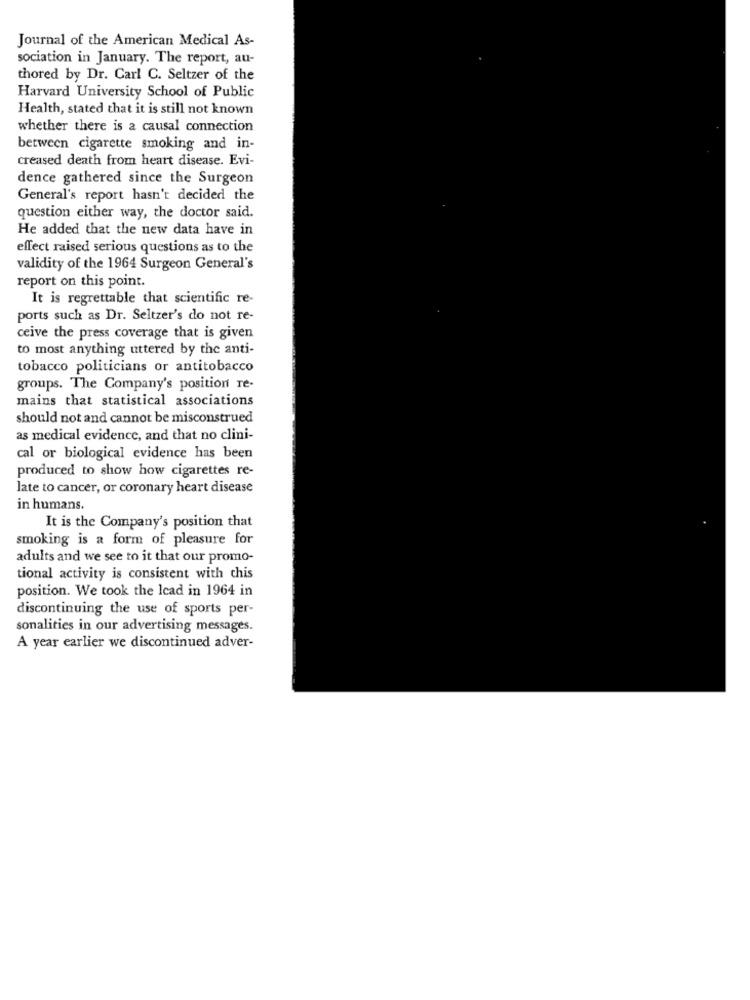
Journal of the American Medical As-
sociation in January. The report, au-
thored by Dr. Carl C. Seltzer of the
Harvard University School of Public
Health, stated that it is still not known
whether there is a causal connection
between cigarette smoking and in-
creased death from heart disease. Evi-
dence gathered since the Surgeon
General's report hasn't decided the
question either way, the doctor said.
He added that the new data have in
effect raised serious questions as to the
validity of the 1964 Surgeon General's
report on this point.
It is regrettable that scientific re-
ports such as Dr. Seltzer's do not re-
ceive the press coverage that is given
to most anything uttered by the anti-
tobacco politicians or antitobacco
groups. The Company's position re-
mains that statistical associations
should not and cannot be misconstrued
as medical evidence, and that no clini-
cal or biological evidence has been
produced to show how cigarettes re-
late to cancer, or coronary heart disease
in humans.
It is the Company's position that
smoking is a form of pleasure for
adults and we see to it that our promo-
tional activity is consistent with this
position. We took the Icad in 1964 in
discontinuing the use of sports per-
sonalities in our advertising messages.
A year earlier we discontinued adver-